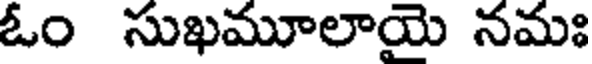
ఓం సుఖమూలాయై నమః